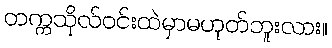
တက္ကသိုလ်ဝင်းထဲမှာမဟုတ်ဘူးလား။